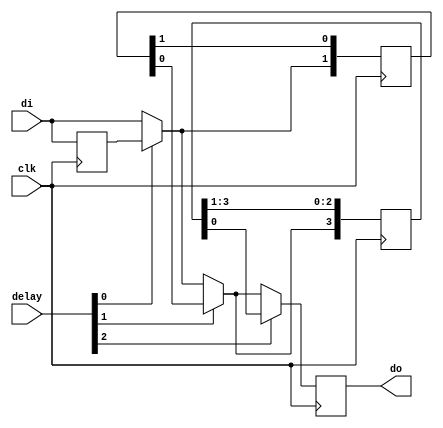
/*
 * hram_dline.v
 *
 * vim: ts=4 sw=4
 *
 * Copyright (C) 2020  Sylvain Munaut <tnt@246tNt.com>
 * All rights reserved.
 *
 * BSD 3-clause, see LICENSE.bsd
 *
 * Redistribution and use in source and binary forms, with or without
 * modification, are permitted provided that the following conditions are met:
 *     * Redistributions of source code must retain the above copyright
 *       notice, this list of conditions and the following disclaimer.
 *     * Redistributions in binary form must reproduce the above copyright
 *       notice, this list of conditions and the following disclaimer in the
 *       documentation and/or other materials provided with the distribution.
 *     * Neither the name of the <organization> nor the
 *       names of its contributors may be used to endorse or promote products
 *       derived from this software without specific prior written permission.
 *
 * THIS SOFTWARE IS PROVIDED BY THE COPYRIGHT HOLDERS AND CONTRIBUTORS "AS IS" AND
 * ANY EXPRESS OR IMPLIED WARRANTIES, INCLUDING, BUT NOT LIMITED TO, THE IMPLIED
 * WARRANTIES OF MERCHANTABILITY AND FITNESS FOR A PARTICULAR PURPOSE ARE
 * DISCLAIMED. IN NO EVENT SHALL <COPYRIGHT HOLDER> BE LIABLE FOR ANY
 * DIRECT, INDIRECT, INCIDENTAL, SPECIAL, EXEMPLARY, OR CONSEQUENTIAL DAMAGES
 * (INCLUDING, BUT NOT LIMITED TO, PROCUREMENT OF SUBSTITUTE GOODS OR SERVICES;
 * LOSS OF USE, DATA, OR PROFITS; OR BUSINESS INTERRUPTION) HOWEVER CAUSED AND
 * ON ANY THEORY OF LIABILITY, WHETHER IN CONTRACT, STRICT LIABILITY, OR TORT
 * (INCLUDING NEGLIGENCE OR OTHERWISE) ARISING IN ANY WAY OUT OF THE USE OF THIS
 * SOFTWARE, EVEN IF ADVISED OF THE POSSIBILITY OF SUCH DAMAGE.
 */

`default_nettype none

module hram_dline #(
	parameter integer N = 3
)(
	input  wire di,
	output reg  do,
	input  wire [N-1:0] delay,
	input  wire clk
);

	genvar i;

	// Signals
	wire [N:0] stage;

	// First stage input
	assign stage[0] = di;

	// Generate delays
	generate
		for (i=0; i<N; i=i+1)
		begin
			// Delay line
			reg [(1<<i)-1:0] d;

			if (i == 0)
				always @(posedge clk)
					d <= stage[i];
			else
				always @(posedge clk)
					d <= { stage[i], d[(1<<i)-1:1] };

			// Mux
			assign stage[i+1] = delay[i] ? d[0] : stage[i];
		end
	endgenerate

	// Final register
	always @(posedge clk)
		do <= stage[N];

endmodule